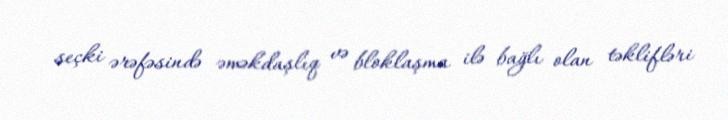
seçki ərəfəsində əməkdaşlıq və bloklaşma ilə bağlı olan təklifləri